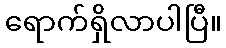
ရောက်ရှိလာပါပြီ။